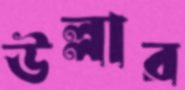
উল্লার